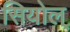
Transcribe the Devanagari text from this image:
सियोल्